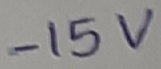
Text: -15V